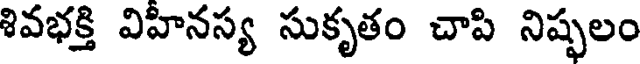
శివభక్తి విహీనస్య సుకృతం చాపి నిష్పలం